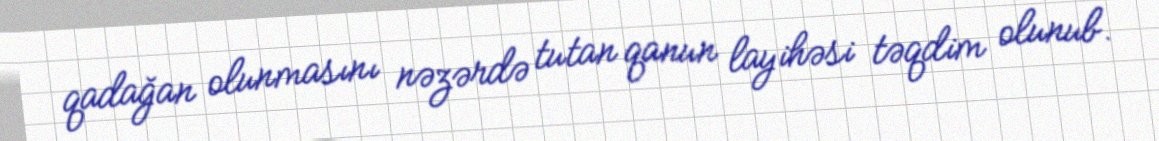
qadağan olunmasını nəzərdə tutan qanun layihəsi təqdim olunub.